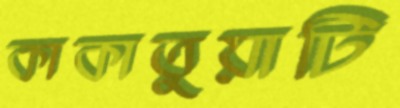
কাকাতুয়াটি